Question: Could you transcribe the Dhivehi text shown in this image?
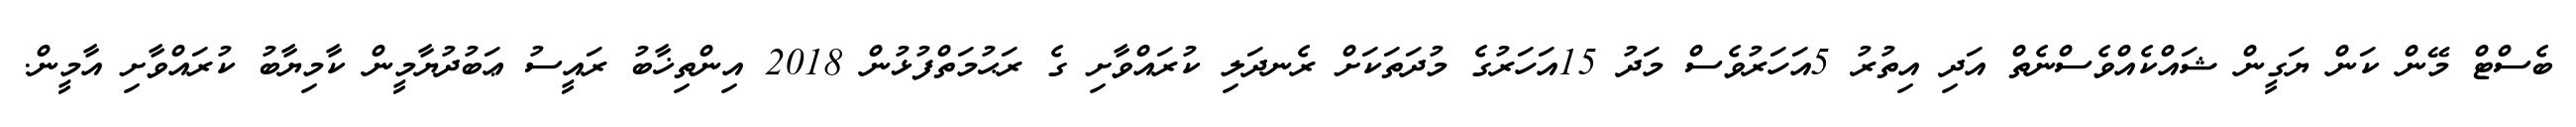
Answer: ބެސްޓް މޭން ކަން ޔަގީން ޝައްކެއްވެސްނެތް އަދި އިތުރު 5އަހަރުވެސް މަދު 15އަހަރުގެ މުދަތަކަށް ރެނދަލި ކުރައްވާށި ގެ ރަޙުމަތްފުޅުން 2018 އިންތިޚާބު ރައީސު ޢަބުދުޔާމީން ކާމިޔާބު ކުރައްވާށި އާމީން.